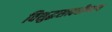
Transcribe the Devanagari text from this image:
विशुद्धसत्त्वधीष्णाय